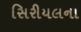
સિરીયલના